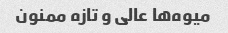
میوه‌ها عالی و تازه ممنون